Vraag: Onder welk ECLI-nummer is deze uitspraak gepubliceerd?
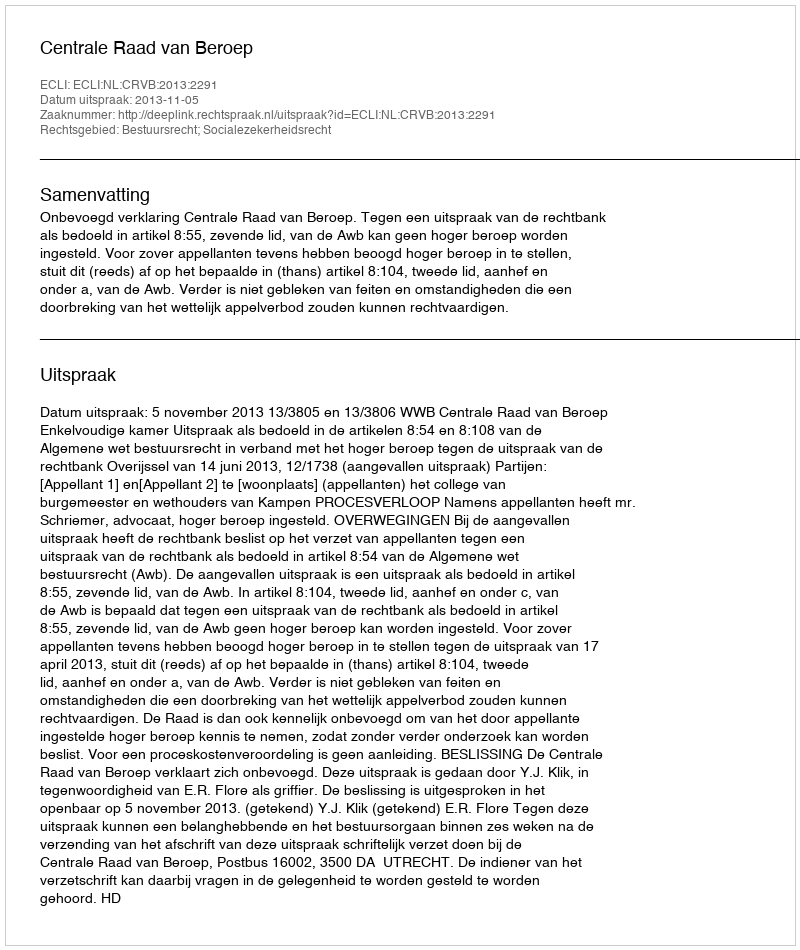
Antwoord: ECLI:NL:CRVB:2013:2291